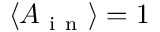
\langle A _ { \mathrm { ~ i ~ n ~ } } \rangle = 1